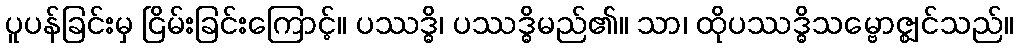
ပူပန်ခြင်းမှ ငြိမ်းခြင်းကြောင့်။ ပဿဒ္ဓိ၊ ပဿဒ္ဓိမည်၏။ သာ၊ ထိုပဿဒ္ဓိသမ္ဗောဇ္ဈင်သည်။